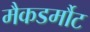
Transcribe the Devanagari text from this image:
मैकडर्मौट